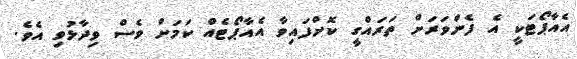
އެއާޕޯޓަކީ އެ ފެންވަރަށް ތަރައްގީ ކޮށްފައިވާ އެއާޕޯޓެއް ކަމަށް ވެސް ވިދާޅުވި އެވެ.